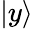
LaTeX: \left|y\right\rangle